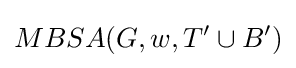
MBSA(G,w,T'\cup B')